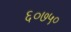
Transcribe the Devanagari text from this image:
६०७५०